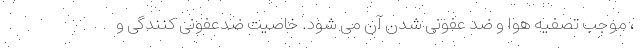
، موجب تصفیه هوا و ضد عفونی شدن آن می شود. خاصیت ضدعفونی کنندگی و